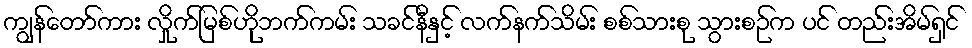
ကျွန်တော်ကား လှိုက်မြစ်ဟိုဘက်ကမ်း သခင်နီနှင့် လက်နက်သိမ်း စစ်သားစု သွားစဉ်က ပင် တည်းအိမ်ရှင်